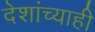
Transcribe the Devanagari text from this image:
देशांच्याही